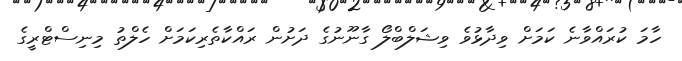
ހާމަ ކުރައްވާނެ ކަމަށް ވިދާޅުވެ ވިޝަލްބްލޯ ގާނޫނުގެ ދަށުން ރައްކާތެރިކަމަށް ހެލްތު މިނިސްޓްރީގެ